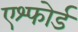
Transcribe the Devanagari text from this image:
एश्फोर्ड